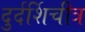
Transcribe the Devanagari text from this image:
दुर्दर्शिचीत्र